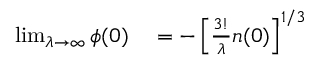
\begin{array} { r l } { \operatorname* { l i m } _ { \lambda \to \infty } \phi ( 0 ) } & { { } = - \left[ \frac { 3 ! } \lambda n ( 0 ) \right] ^ { 1 / 3 } } \end{array}